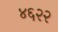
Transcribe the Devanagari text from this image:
४६२२